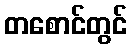
တစောင်တွင်